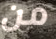
من